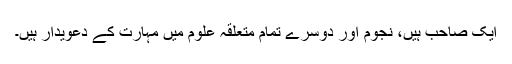
ایک صاحب ہیں، نجوم اور دوسرے تمام متعلقہ علوم میں مہارت کے دعویدار ہیں۔